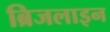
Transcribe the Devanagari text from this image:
ब्रिजलाइन